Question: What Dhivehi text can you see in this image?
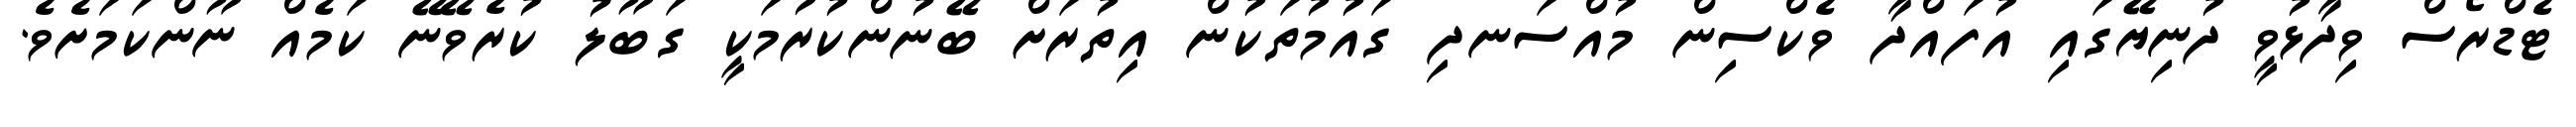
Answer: ޓެޑްރޯސް ވިދާޅުވީ ދުނިޔޭގައި އުފައްދާ ވެކްސިން މުއްސަނދި ގައުމުތަކުން އިތުރަށް ބޭނުންކުރުމަކީ ގަބޫލު ކުރެވޭނޭ ކަމެއް ނޫންކަމަށެވެ.